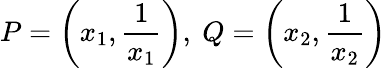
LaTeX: P=\left(x_{1},{\frac{1}{x_{1}}}\right),\ Q=\left(x_{2},{\frac{1}{x_{2}}}\right)